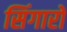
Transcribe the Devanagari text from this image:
सिंगारों